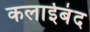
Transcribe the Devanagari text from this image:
कलाईबंद